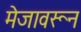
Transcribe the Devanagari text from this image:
मेजावरून